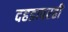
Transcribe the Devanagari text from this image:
दहडावरही